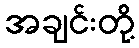
အချင်းတို့